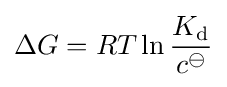
\Delta G=RT\ln {K_{\rm {d}} \over c^{\ominus }}